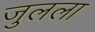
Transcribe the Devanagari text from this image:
जुलला